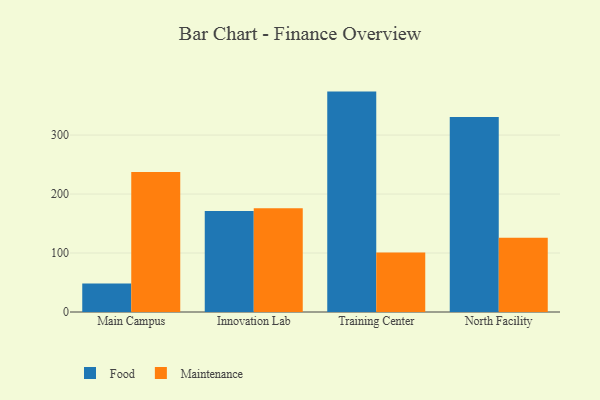
{"axis": {"x": "Campus", "y": "Gross Profit (USD K)"}, "legend": ["Food", "Maintenance"], "data": [{"x": "Main Campus", "y": 48.5, "type": "Food"}, {"x": "Main Campus", "y": 237.2, "type": "Maintenance"}, {"x": "Innovation Lab", "y": 171.4, "type": "Food"}, {"x": "Innovation Lab", "y": 176.1, "type": "Maintenance"}, {"x": "Training Center", "y": 373.7, "type": "Food"}, {"x": "Training Center", "y": 101.0, "type": "Maintenance"}, {"x": "North Facility", "y": 330.6, "type": "Food"}, {"x": "North Facility", "y": 126.1, "type": "Maintenance"}]}